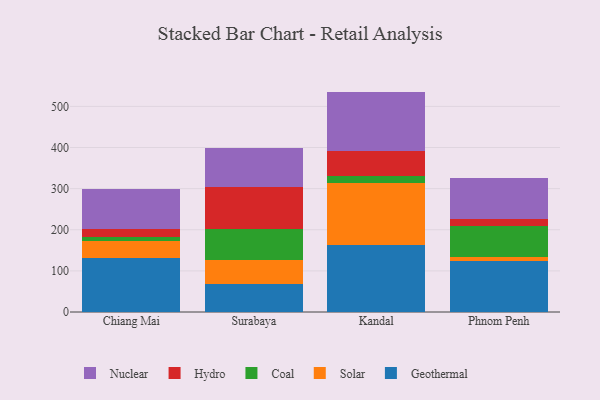
{"axis": {"x": "City", "y": "Budget (USD K)"}, "legend": ["Coal", "Geothermal", "Hydro", "Nuclear", "Solar"], "data": [{"x": "Chiang Mai", "y": 131.7, "type": "Geothermal"}, {"x": "Chiang Mai", "y": 41.4, "type": "Solar"}, {"x": "Chiang Mai", "y": 9.2, "type": "Coal"}, {"x": "Chiang Mai", "y": 18.7, "type": "Hydro"}, {"x": "Chiang Mai", "y": 98.6, "type": "Nuclear"}, {"x": "Surabaya", "y": 67.8, "type": "Geothermal"}, {"x": "Surabaya", "y": 57.7, "type": "Solar"}, {"x": "Surabaya", "y": 77.5, "type": "Coal"}, {"x": "Surabaya", "y": 102.0, "type": "Hydro"}, {"x": "Surabaya", "y": 93.9, "type": "Nuclear"}, {"x": "Kandal", "y": 163.0, "type": "Geothermal"}, {"x": "Kandal", "y": 151.0, "type": "Solar"}, {"x": "Kandal", "y": 16.8, "type": "Coal"}, {"x": "Kandal", "y": 59.8, "type": "Hydro"}, {"x": "Kandal", "y": 145.4, "type": "Nuclear"}, {"x": "Phnom Penh", "y": 124.8, "type": "Geothermal"}, {"x": "Phnom Penh", "y": 9.6, "type": "Solar"}, {"x": "Phnom Penh", "y": 74.7, "type": "Coal"}, {"x": "Phnom Penh", "y": 17.9, "type": "Hydro"}, {"x": "Phnom Penh", "y": 97.9, "type": "Nuclear"}]}